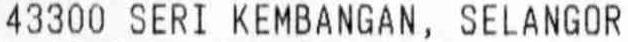
43300 SERI KEMBANGAN, SELANGOR